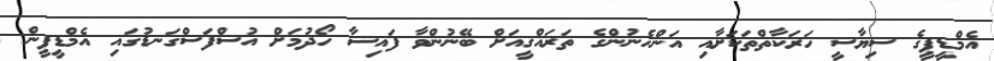
އެމްޑީޕީގެ ސިޔާސީ ހަރަކާތްތަކަށާއި އަންހެނުންގެ ތަރައްޤީއަށް ބޭނުންވާ ފައިސާ ހޯދުމަށް އުސްފަސްގަނޑުގައި އެމްޑީޕީން